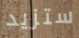
ستزيد